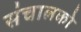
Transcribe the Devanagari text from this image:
संचालको